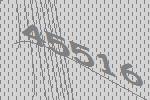
45516